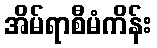
အိမ်ရာစီမံကိန်း